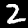
Label: 2